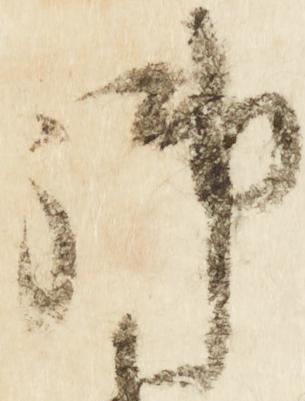
御